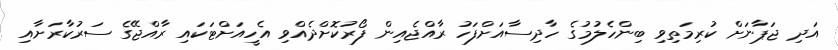
އަދި ޖަޕާނަށް ކުރިމަތިވި ބިންހެލުމުގެ ހާދިސާއަށްފަހު ރާއްޖެއިން ފޯރުކޮށްދެއްވި އެހީއަށްޓަކައި ރާއްޖޭގެ ސަރުކާރަށާއި